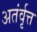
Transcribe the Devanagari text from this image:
अतंर्वृत्त